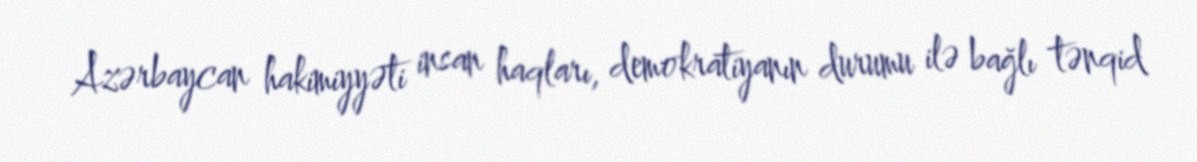
Azərbaycan hakimiyyəti insan haqları, demokratiyanın durumu ilə bağlı tənqid